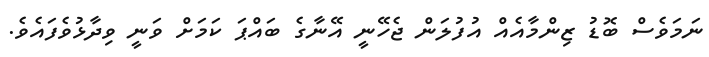
ނަމަވެސް ބޮޑު ޒިންމާއެއް އުފުލަން ޖެހޭނީ އޭނާގެ ބައްޕަ ކަމަށް ވަނީ ވިދާޅުވެފައެވެ.